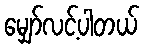
မျှော်လင့်ပါတယ်